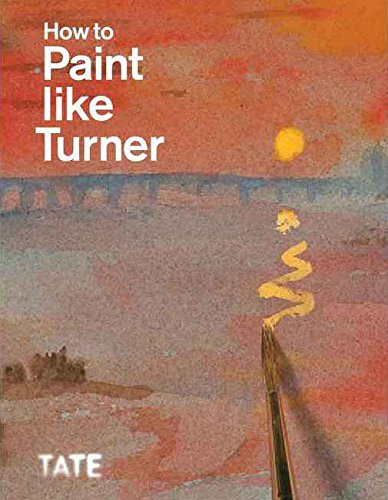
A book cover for How to Paint Like Turner; Arts & Photography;